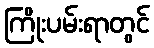
ကြိုးပမ်းရာတွင်